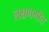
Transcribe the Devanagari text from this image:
लक्षणगीत